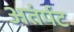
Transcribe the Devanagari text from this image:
अतंर्पट